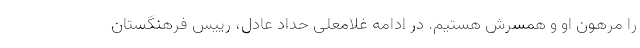
را مرهون او و همسرش هستیم. در ادامه غلامعلی حداد عادل، رییس فرهنگستان